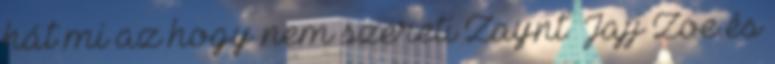
hát mi az hogy nem szereti Zaynt Jajj Zoe.és